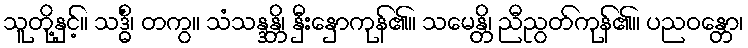
သူတို့နှင့်။ သဒ္ဓိံ၊ တကွ။ သံသန္ဒန္တိ၊ နှီးနှောကုန်၏။ သမေန္တိ၊ ညီညွတ်ကုန်၏။ ပညဝန္တော၊